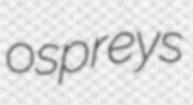
ospreys